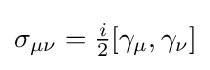
{\textstyle \sigma _{\mu \nu }={\frac {i}{2}}[\gamma _{\mu },\gamma _{\nu }]}